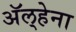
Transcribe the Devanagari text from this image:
अॅल्हेना